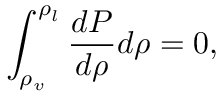
\int _ { \rho _ { v } } ^ { \rho _ { l } } \frac { d P } { d \rho } d \rho = 0 ,